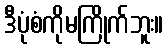
ဒီပုံစံကိုမကြိုက်ဘူး။